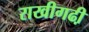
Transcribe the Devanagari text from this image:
राखीगढी़